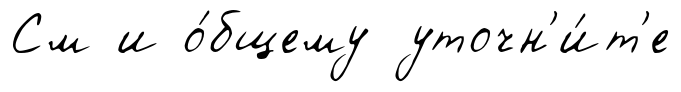
См и о́бщему уточн'и́т'е